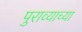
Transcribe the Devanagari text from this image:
पुराव्याच्या